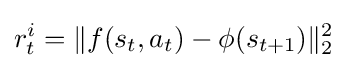
r_{t}^{i}=\|f(s_{t},a_{t})-\phi (s_{t+1})\|_{2}^{2}